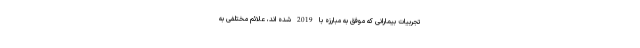
تجربیات بیمارانی که موفق به مبارزه با 2019 شده اند، علائم مختلفی به